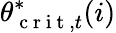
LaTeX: \theta_{\mathrm{~c~r~i~t~},t}^{*}(i)